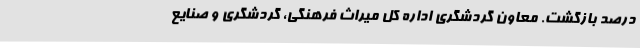
درصد بازگشت. معاون گردشگری اداره کل میراث فرهنگی، گردشگری و صنایع